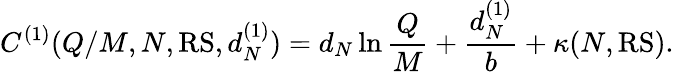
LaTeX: C^{(1)}(Q/M,N,\mathrm{RS},d_{N}^{(1)})=d_{N}\ln\frac{Q}{M}+\frac{d_{N}^{(1)}}{b}+\kappa(N,{\mathrm{RS}}).